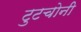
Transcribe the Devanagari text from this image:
टुटचोनी